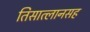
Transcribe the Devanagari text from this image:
तिसात्लानसह